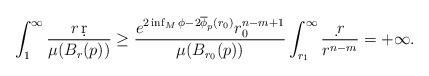
LaTeX: \begin{align*}\int_1^{\infty}\frac{r\,\d r}{\mu(B_r(p))}\geq \frac{e^{2\inf_M\phi-2\overline{\phi}_p(r_0)}r_0^{n-m+1}}{\mu(B_{r_0}(p))}\int_{r_1}^{\infty}\frac{\d \,r}{r^{n-m}}=+\infty.\end{align*}